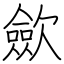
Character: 歛